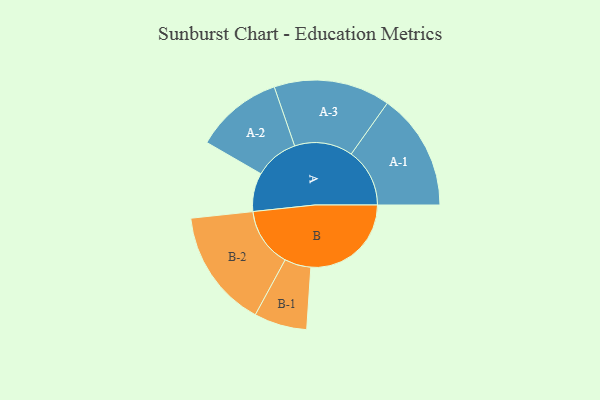
{"axis": {"x": "Segment", "y": "Value"}, "legend": ["", "A", "B"], "data": [{"x": "A", "y": 187, "type": ""}, {"x": "B", "y": 486, "type": ""}, {"x": "A-1", "y": 283, "type": "A"}, {"x": "A-2", "y": 212, "type": "A"}, {"x": "A-3", "y": 282, "type": "A"}, {"x": "B-1", "y": 128, "type": "B"}, {"x": "B-2", "y": 287, "type": "B"}]}